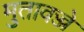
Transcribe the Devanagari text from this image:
मुतावज्जे